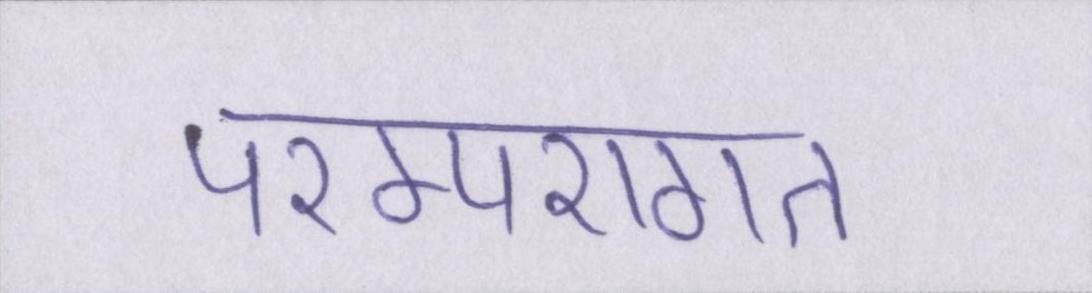
परम्परागत